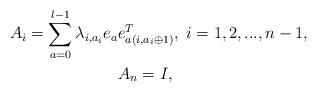
LaTeX: \begin{align*}A_i=\sum_{a=0}^{l-1}\lambda_{i,a_i}e_a &e_{a(i,a_i\oplus 1)}^T,\; i=1,2,...,n-1,\\&A_n=I,\end{align*}